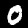
Label: 0